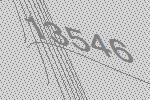
13546